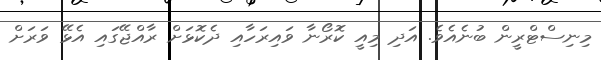
މިނިސްޓްރީން ބުނެއެވެ. އަދި މިއީ ކޮރޯނާ ވައިރަހާއި ދެކޮޅަށް ރާއްޖޭގައި އެޅޭ ވަރަށް